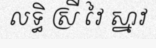
លទ្ធិ ស្រី វៃ ស្នាវ